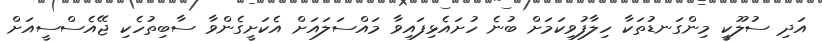
އަދި ސުލޫކީ މިންގަނޑުތަކާ ހިލާފުވިކަމަށް ބުނެ ހުށައެޅިފައިވާ މައްސަލައަށް އެކަށީގެންވާ ސާބިތުހެކި ޖޭއެސްސީއަށް